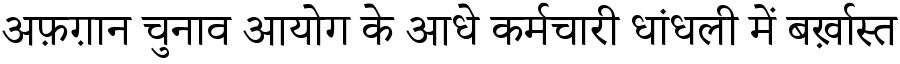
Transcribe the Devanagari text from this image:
अफ़ग़ान चुनाव आयोग के आधे कर्मचारी धांधली में बर्ख़ास्त